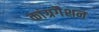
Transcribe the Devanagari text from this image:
कांग्रगैशन